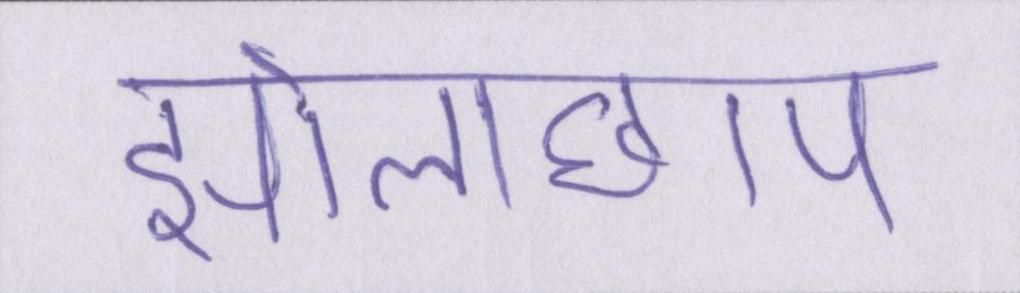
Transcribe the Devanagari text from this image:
झोलाछाप